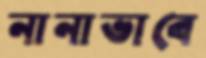
নানাভাবে